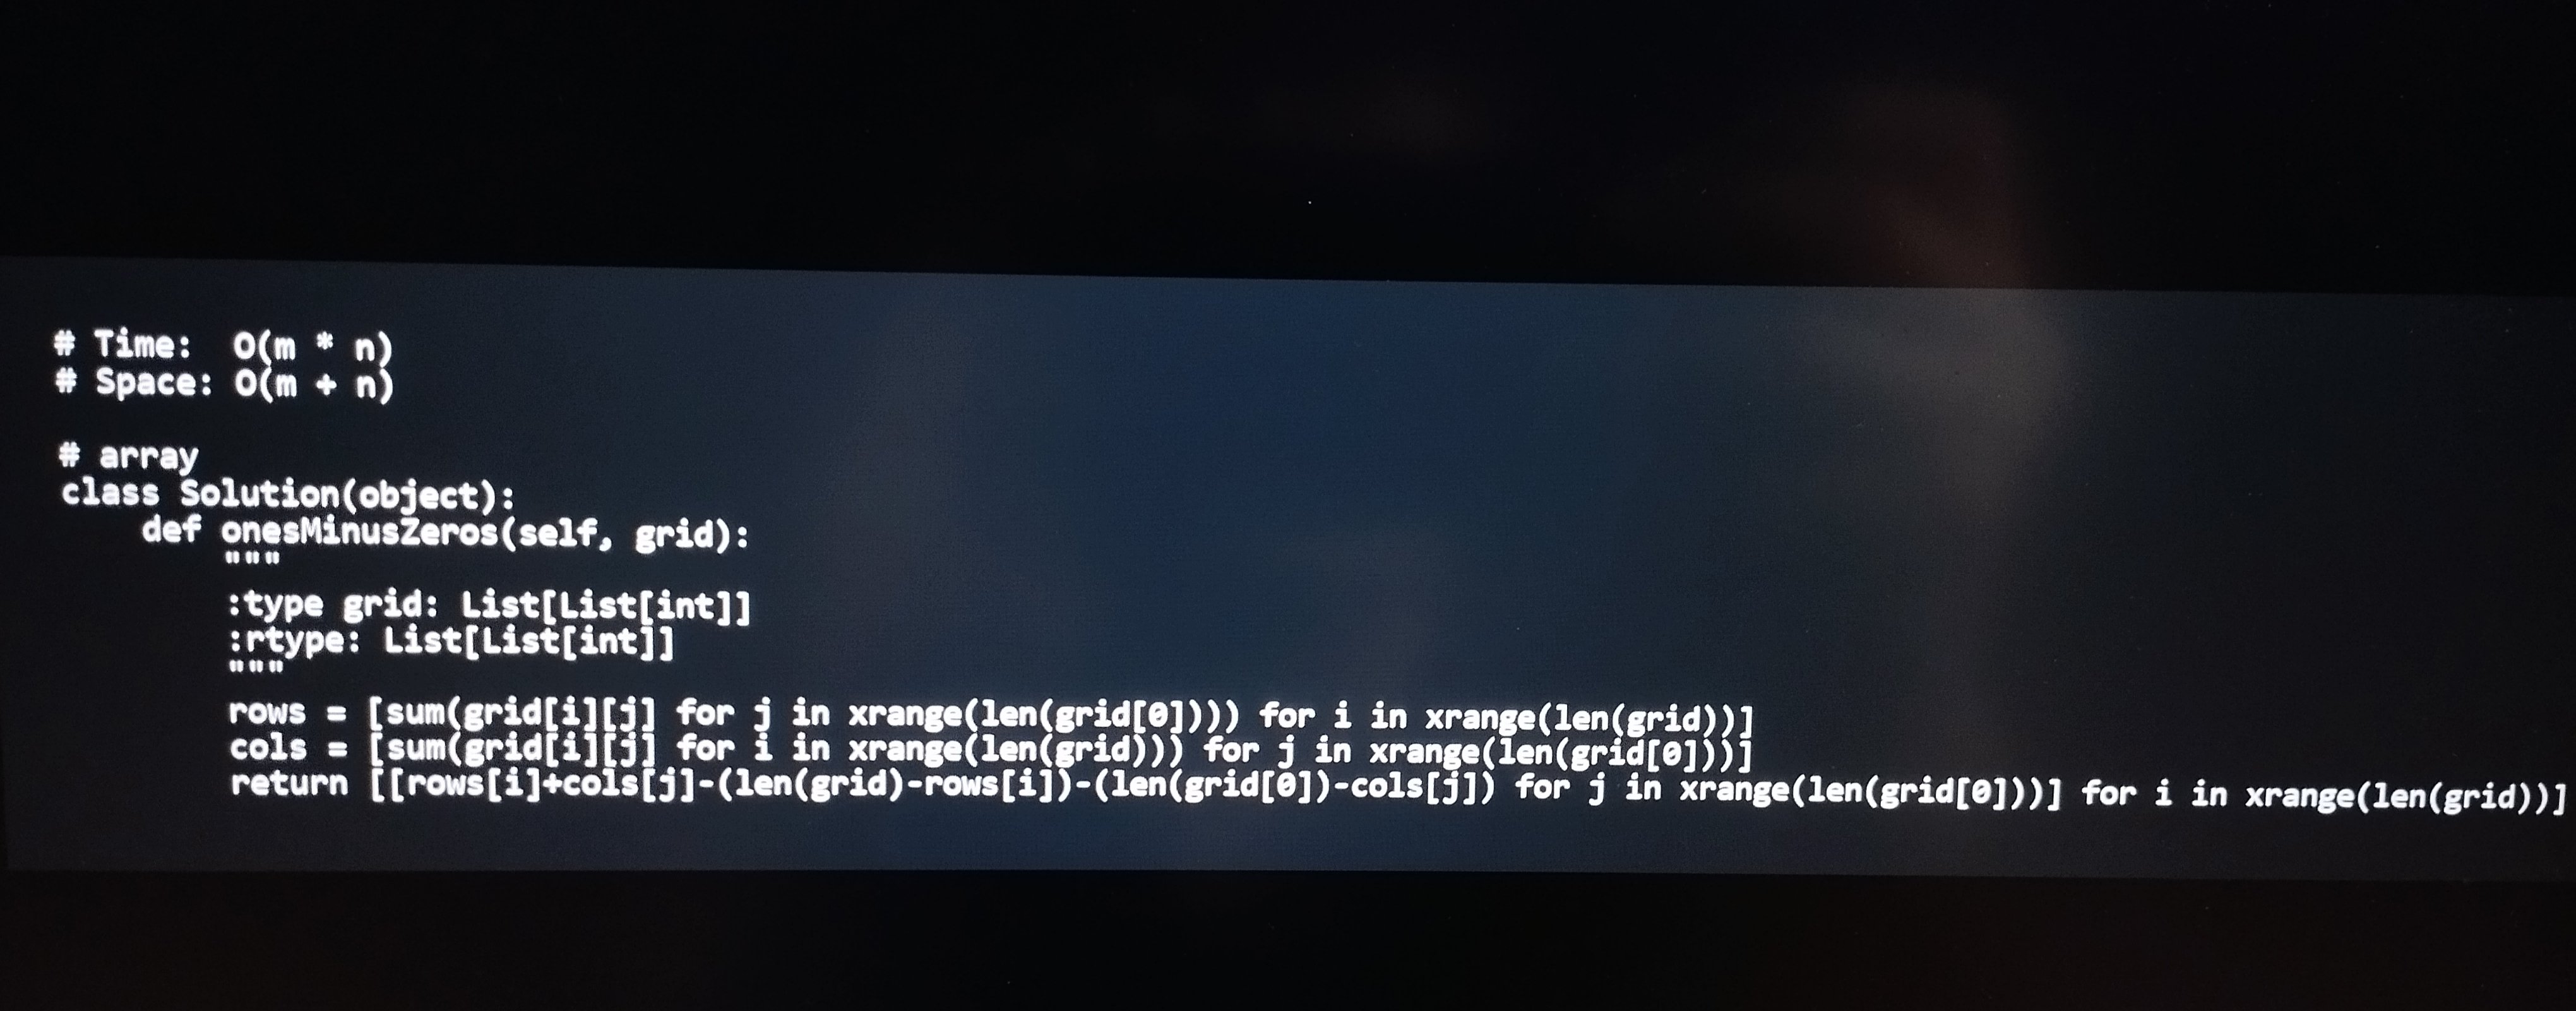
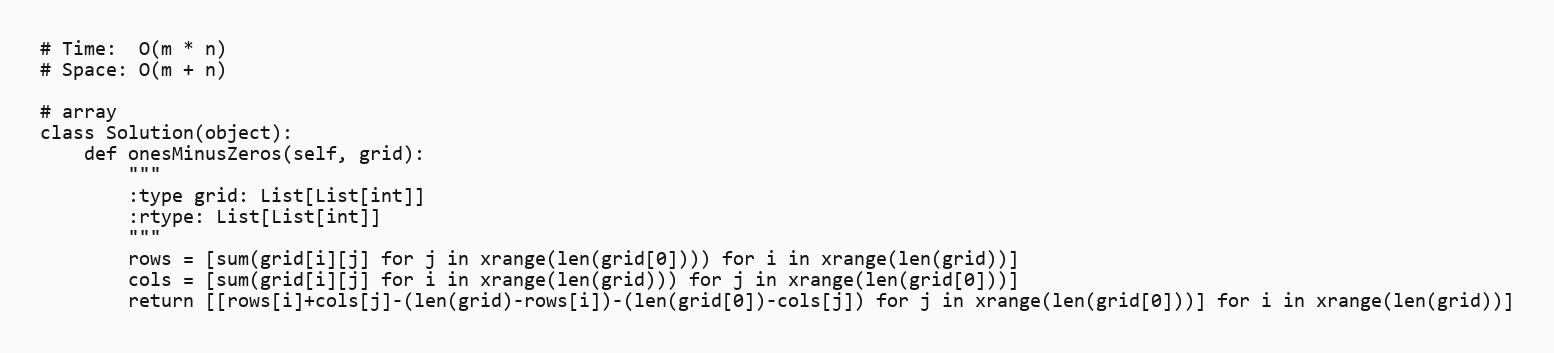
# Time:  O(m * n)
# Space: O(m + n)

# array
class Solution(object):
    def onesMinusZeros(self, grid):
        """
        :type grid: List[List[int]]
        :rtype: List[List[int]]
        """
        rows = [sum(grid[i][j] for j in xrange(len(grid[0]))) for i in xrange(len(grid))]
        cols = [sum(grid[i][j] for i in xrange(len(grid))) for j in xrange(len(grid[0]))]
        return [[rows[i]+cols[j]-(len(grid)-rows[i])-(len(grid[0])-cols[j]) for j in xrange(len(grid[0]))] for i in xrange(len(grid))]